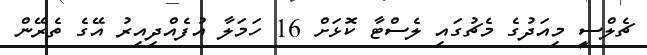
ޗެލްސީ މިއަދުގެ މެޗުގައި ލެސްޓާ ކޮޅަށް 16 ހަމަލާ އުފެއްދިއިރު އޭގެ ތެރޭން